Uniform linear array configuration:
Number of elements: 12
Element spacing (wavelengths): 0.75
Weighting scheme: blackman
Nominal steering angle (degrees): -30
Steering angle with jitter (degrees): -29.448
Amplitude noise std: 0.05
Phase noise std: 0.05

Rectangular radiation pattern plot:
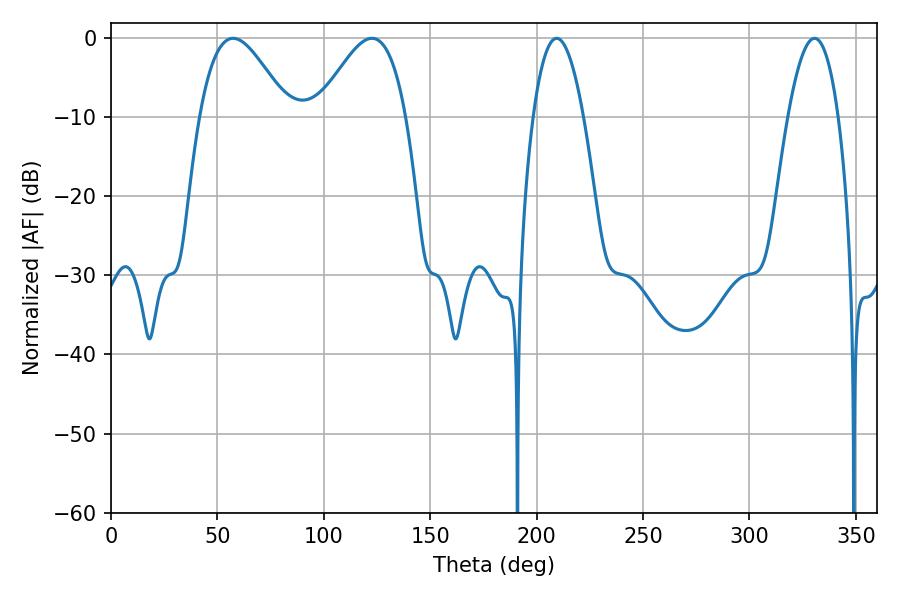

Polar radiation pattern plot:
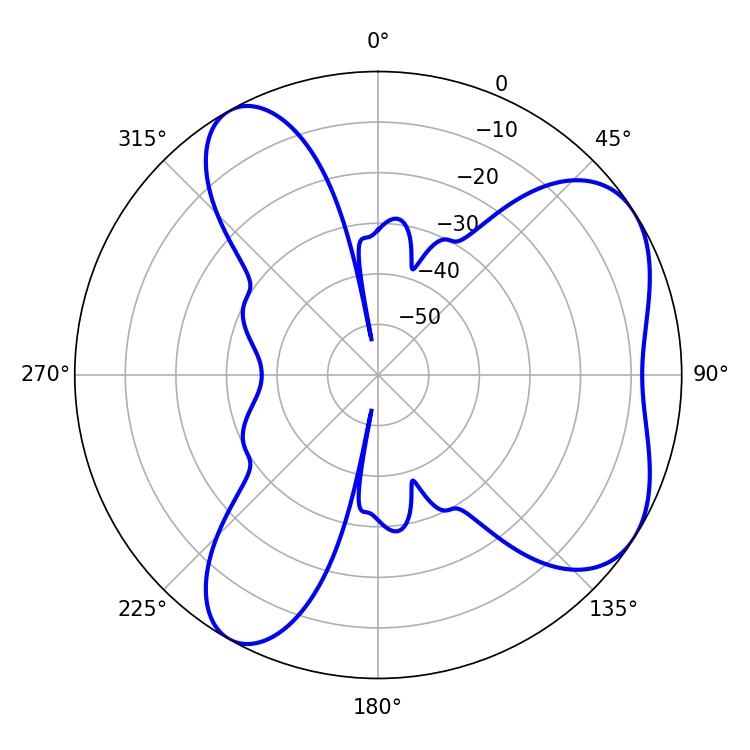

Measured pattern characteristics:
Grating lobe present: TRUE
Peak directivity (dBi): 5.858
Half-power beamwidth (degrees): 22.32
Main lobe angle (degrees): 57.42